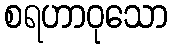
စရဟာဝုသော